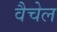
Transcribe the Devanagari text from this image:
वैचेल